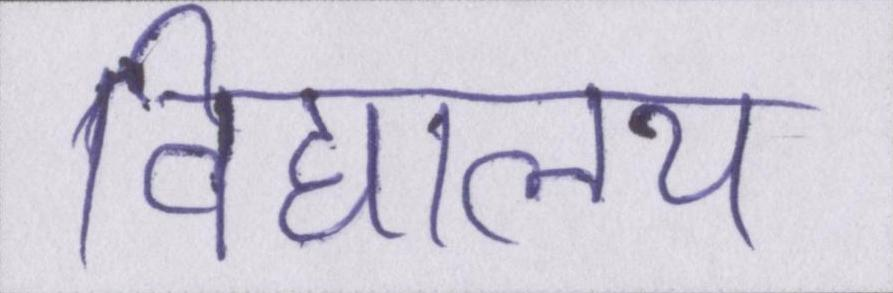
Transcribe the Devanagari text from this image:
विद्यालय